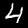
Label: 4